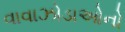
વાવાઝોડાઓનો